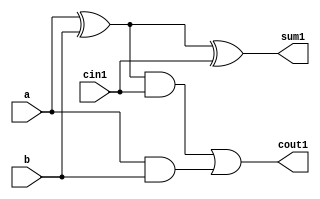
module full_adder(a, b, cin1, sum1, cout1);
   input a, b, cin1;
   output sum1, cout1;
	wire xor1, and1, and2;
   xor (xor1, a, b);
   xor (sum1, xor1, cin1);
   and (and1, xor1, cin1);
   and (and2, a, b);
   or (cout1, and1, and2);
endmodule

module rca(in1, in2,cin, cout, sum);
   input cin;
   input [11:0] in1, in2;
   output [11:0] sum;
   output cout;
   wire c1, c2, c3,c4,c5,c6,c7,c8,c9,c10, c11;
   full_adder a1(in1[0], in2[0], cin, sum[0], c1);
   full_adder a2(in1[1], in2[1], c1, sum[1], c2);
   full_adder a3(in1[2], in2[2], c2, sum[2], c3);
   full_adder a4(in1[3], in2[3], c3, sum[3], c4);
	full_adder a5(in1[4], in2[4], c4, sum[4], c5);
	full_adder a6(in1[5], in2[5], c5, sum[5], c6);
	full_adder a7(in1[6], in2[6], c6, sum[6], c7);
	full_adder a8(in1[7], in2[7], c7, sum[7], c8);
	full_adder a9(in1[8], in2[8], c8, sum[8], c9);
	full_adder a10(in1[9], in2[9], c9, sum[9], c10);
	full_adder a11(in1[10], in2[10], c10, sum[10], c11);
	full_adder a12(in1[11], in2[11], c11, sum[11], cout);
	
endmodule